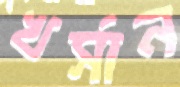
খর্সান